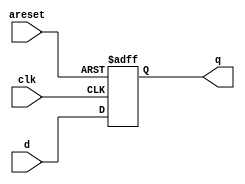
module top_module (
    input clk,
    input areset,  
    input [7:0] d,
    output [7:0] q
);
    always @(posedge clk or posedge areset) begin
        if(areset) q<=8'b0;
        else       q<=d;
    end
endmodule